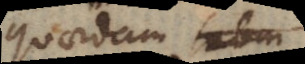
quandam jam